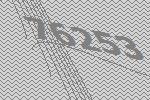
76253